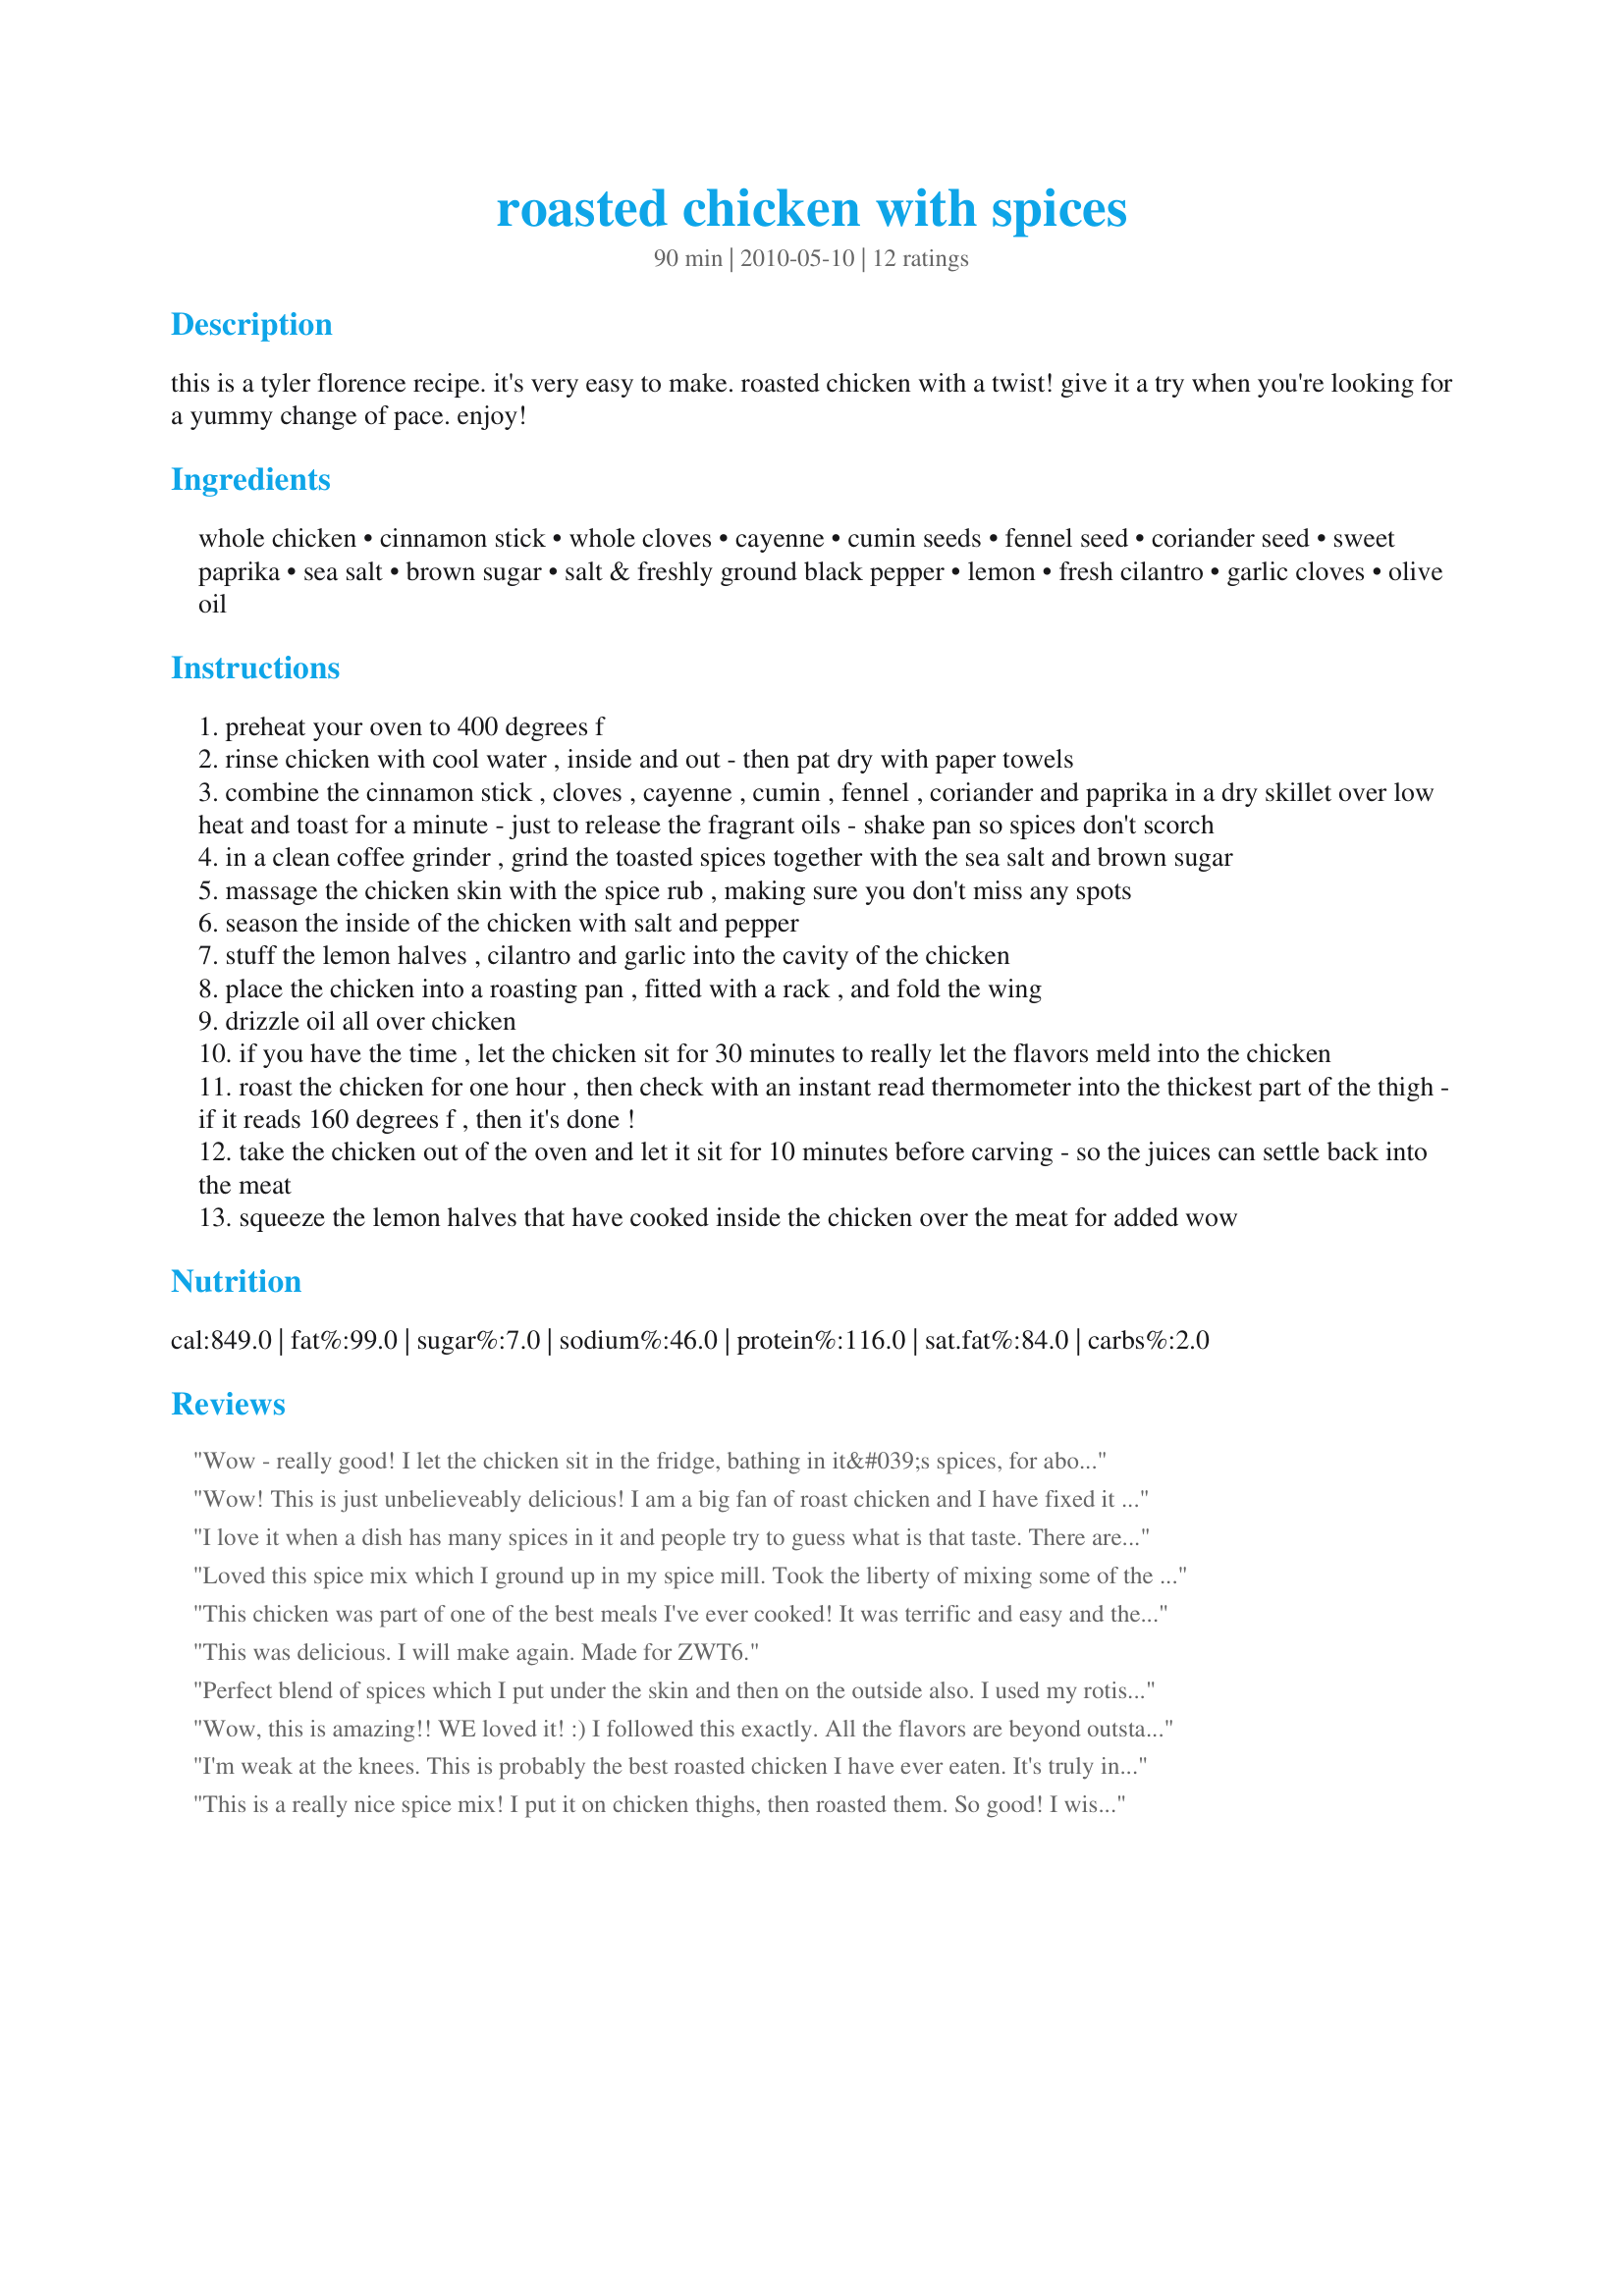
roasted chicken with spices
Preparation time: 90 minutes

this is a tyler florence recipe. it's very easy to make. roasted chicken with a twist! give it a try when you're looking for a yummy change of pace. enjoy!

Ingredients:
whole chicken, cinnamon stick, whole cloves, cayenne, cumin seeds, fennel seed, coriander seed, sweet paprika, sea salt, brown sugar, salt & freshly ground black pepper, lemon, fresh cilantro, garlic cloves, olive oil

Steps:
preheat your oven to 400 degrees f
rinse chicken with cool water , inside and out - then pat dry with paper towels
combine the cinnamon stick , cloves , cayenne , cumin , fennel , coriander and paprika in a dry skillet over low heat and toast for a minute - just to release the fragrant oils - shake pan so spices don't scorch
in a clean coffee grinder , grind the toasted spices together with the sea salt and brown sugar
massage the chicken skin with the spice rub , making sure you don't miss any spots
season the inside of the chicken with salt and pepper
stuff the lemon halves , cilantro and garlic into the cavity of the chicken
place the chicken into a roasting pan , fitted with a rack , and fold the wing
drizzle oil all over chicken
if you have the time , let the chicken sit for 30 minutes to really let the flavors meld into the chicken
roast the chicken for one hour , then check with an instant read thermometer into the thickest part of the thigh - if it reads 160 degrees f , then it's done !
take the chicken out of the oven and let it sit for 10 minutes before carving - so the juices can settle back into the meat
squeeze the lemon halves that have cooked inside the chicken over the meat for added wow

Reviews:
Wow - really good! I let the chicken sit in the fridge, bathing in it&#039;s spices, for about two hours, then again at room temp for 30 minutes before roasting. Tender, juicy, and one of the most flavorful roast chickens I&#039;ve made! Worthy of more than five stars. ZW 9, Gourmet Goddesses.
Wow! This is just unbelieveably delicious! I am a big fan of roast chicken and I have fixed it many different ways, with many different flavors, but I have never had a roast chicken where the flavor was all thru the meat like this! It is just so so good! I wanted to swim in the spice mixture...it smelled so heavenly and tasted even better! I want to make some up to have on hand, I&#039;ll bet it is fabulous on halibut! I can&#039;t wait for the left overs, I&#039;ll bet this will make a wonderful chicken salad! Made for ZWT9 Family Pick
I love it when a dish has many spices in it and people try to guess what is that taste. There are just so many spices it's impossible to get them all. I tell them the ingredients,specifing about the secret one that I'm not supposed to let out. Very much enjoyed.Oh,the chicken enjoyed the massage! Made for ZWT 6.
Loved this spice mix which I ground up in my spice mill. Took the liberty of mixing some of the spice mix with butter and rubbing it under the skin. The rest I rubbed on top and added olive oil. This chicken really turned out fantastic. : )
This chicken was part of one of the best meals I've ever cooked! It was terrific and easy and the spices were great! I think it is critical to ensure the the lemon is squeezed over the top of the chicken before serving! The bright lemon was perfect with the spices. Will be making this many times in the future! Thanks for posting LifeisGood!
This was delicious. I will make again. Made for ZWT6.
Perfect blend of spices which I put under the skin and then on the outside also. I used my rotisserie oven to roast the 3.75 pound chicken for 1 hour. The lemon squeezed over the chicken after it was cut, was what helps put this chicken right over the top, for taste and flavor!! Made for team Soup-A-Stars during ZWT9 2013
Wow, this is amazing!! WE loved it! :) I followed this exactly. All the flavors are beyond outstanding! Added all spices and this made a lovely, aromatic, and very tender and juicy chicken. I rubbed the chicken as instructed earlier in the day and let it sit in the icebox to blend the flavors deep within the chicken. Will make this often and again! Made for ZWT6 Zee Zesties!
I'm weak at the knees. This is probably the best roasted chicken I have ever eaten. It's truly incredible and the recipe is going straight into my 100-star cookbook. I made this as written and let the flavours meld for about 20 minutes. About three-quarters of the way through cooking, I covered the bird with foil so it didn't over brown. It looks like I didn't grind the spices, but I did. Just roughly. My pic was from before cooking. My memories will last forever. Yum, yum and yum. Thank you so very much for posting.
This is a really nice spice mix! I put it on chicken thighs, then roasted them. So good! I wish I&#039;d had time to let them marinate, but even just rubbing them with the spice mix and cooking immediately made for a wonderful meal. Made for ZWT9
The combination of spices was fabulous! I didn&#039;t have cumin seeds or corander seeds but substituted with ground cumin and coriander. I used my chopper because I didn&#039;t have a coffee grinder. I would love to taste this chicken by using a rotisserie oven as Charlotte did but it was fabulous cooked in the oven. This seasoning would be great to put on chicken breasts and cooked on the grill. Made for ZWT9 for the Gourment Goddesses July 2013.
Delicious chicken! I knew this chicken was going to be yummy after toasting and grinding the spices...they smelled simply amazing!! I rubbed the spices on the chicken and let it sit in the refrigerator for about 2 hours. The 1 hour cooking time was spot on. After about 40 minutes of cooking, I covered the chicken with foil so that it wouldn&#039;t brown too much. It turned out perfectly moist and very flavorful. Thank you for sharing this fabulous recipe...it is definitely a keeper! Made for ZWT9 North African &quot;Spice It Up&quot; challenge for The Apron String Travelers.
